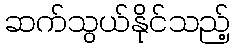
ဆက်သွယ်နိုင်သည့်